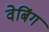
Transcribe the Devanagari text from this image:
वेबिंग